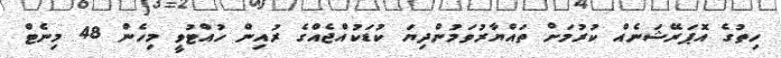
ހިތުގެ އޮޕަރޭޝަނެއް ކުރުމަށް ތައްޔާރުވަމުންދިޔަ ކުޑަކުއްޖެއްގެ ރުއިން ހުއްޓުވީ މިހެން 48 މިނެޓް